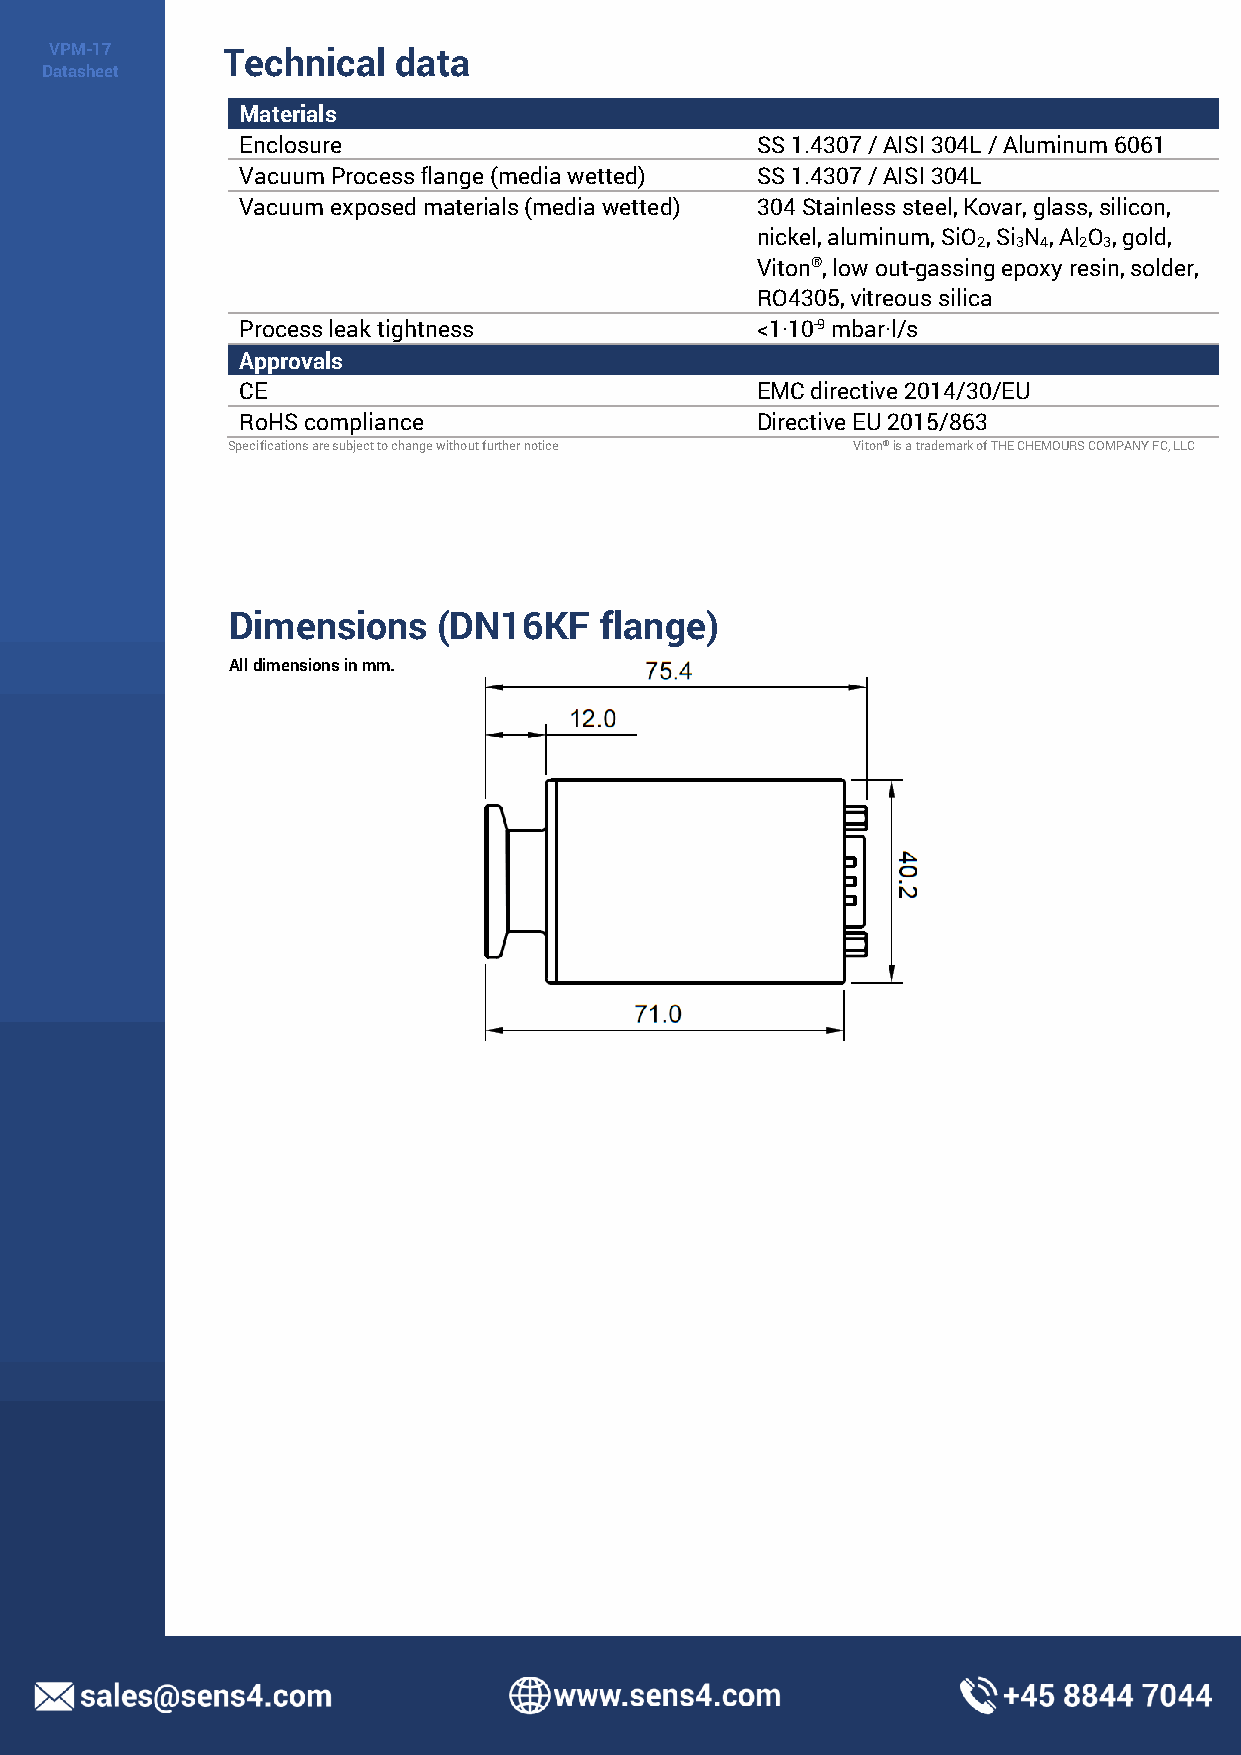
VPM-17      Technical  data
 Datasheet
 Materials
 Enclosure                         SS 1.4307 / AISI 304L / Aluminum 6061
 Vacuum Process flange (media wetted) SS 1.4307 / AISI 304L
 Vacuum exposed materials (media wetted) 304 Stainless steel, Kovar, glass, silicon,
 nickel, aluminum, SiO , Si N , Al O , gold,
 2 3 4 2 3
 Viton®, low out-gassing epoxy resin, solder,
 RO4305, vitreous silica
 Process leak tightness            <1·10-9 mbar·l/s
 Approvals
 CE                                EMC directive 2014/30/EU
 RoHS compliance                   Directive EU 2015/863
 Specifications are subject to change without further notice Viton® is a trademark of THE CHEMOURS COMPANY FC, LLC
 Dimensions    (DN16KF    flange)
 All dimensions in mm.